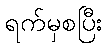
ရက်မှစပြီး